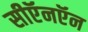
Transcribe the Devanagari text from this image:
सीऍनऍन